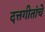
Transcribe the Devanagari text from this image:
दत्तगीतांचे